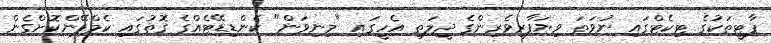
ޕާޓީތަކުގެ ޓިކެޓްގައި ނުވަތަ ވިޔަފާރިވެރިންގެ ދީލަތި އެހީގައި "މިނިވަން" ކެންޑިޑޭޓެއްގެ ގޮތުގައި ކެމްޕޭންކޮށްގެން